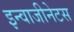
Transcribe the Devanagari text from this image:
इन्वाजीनेटस